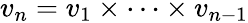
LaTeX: v_{n}=v_{1}\times\cdots\times v_{n-1}